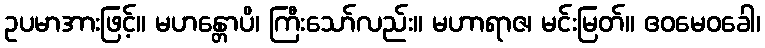
ဥပမာအားဖြင့်။ မဟန္တောပိ၊ ကြီးသော်လည်း။ မဟာရာဇ၊ မင်းမြတ်။ ဧဝမေဝခေါ၊